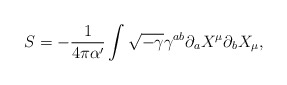
\begin{align*}S = -\frac{1}{4 \pi \alpha'} \int \sqrt{-\gamma} \gamma^{ab}\partial_a X^\mu \partial_b X_\mu,\end{align*}